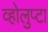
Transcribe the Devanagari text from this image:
व्होलुप्टा